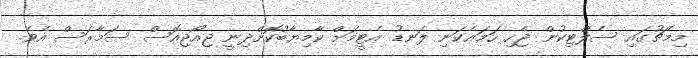
މިމެޗުގައި ސެލްޓިކުން ޖެހި ހަމައެކަނި ލަނޑު އެޓީމަށް ކާމިޔާބުކޮށްދިނީ ޖިއޯޖިއޮސް ސަމާރަސް އެވެ.